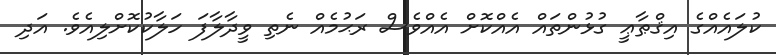
ކުލައެއްގެ އިޤްޠާޢީ ގުޅުންތައް އެއްކޮށް އެއްވެސް ރަޙުމެއް ނެތި ވީދާލާފަ ހަލާކުކޮށްލިއެވެ. އަދި